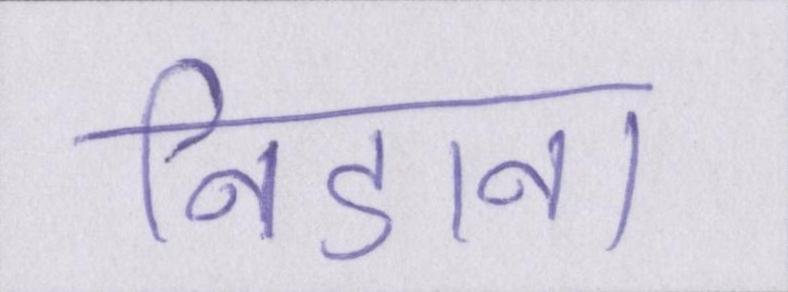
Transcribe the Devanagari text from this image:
निडाना